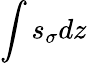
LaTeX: \int s_{\sigma}dz